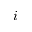
i